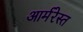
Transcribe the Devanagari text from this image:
आर्मरेस्त